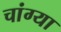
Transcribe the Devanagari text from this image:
चांग्या